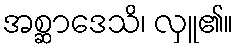
အစ္ဆာဒေသိ၊ လှူ၏။